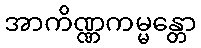
အာကိဏ္ဏကမ္မန္တော